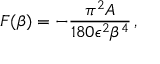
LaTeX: { } F ( \beta ) = - { \frac { \pi ^ { 2 } A } { 1 8 0 \epsilon ^ { 2 } \beta ^ { 4 } } } \, ,